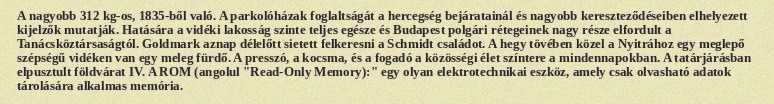
A nagyobb 312 kg-os, 1835-ből való. A parkolóházak foglaltságát a hercegség bejáratainál és nagyobb kereszteződéseiben elhelyezett kijelzők mutatják. Hatására a vidéki lakosság szinte teljes egésze és Budapest polgári rétegeinek nagy része elfordult a Tanácsköztársaságtól. Goldmark aznap délelőtt sietett felkeresni a Schmidt családot. A hegy tövében közel a Nyitrához egy meglepő szépségű vidéken van egy meleg fürdő. A presszó, a kocsma, és a fogadó a közösségi élet színtere a mindennapokban. A tatárjárásban elpusztult földvárat IV. A ROM (angolul "Read-Only Memory):" egy olyan elektrotechnikai eszköz, amely csak olvasható adatok tárolására alkalmas memória.